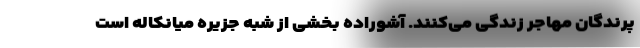
پرندگان مهاجر زندگی می‌کنند. آشوراده بخشی از شبه جزیره میانکاله است